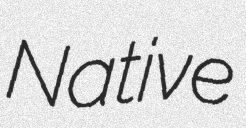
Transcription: Native